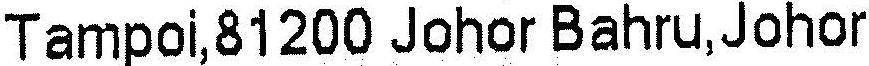
TAMPOI,81200 JOHOR BAHRU,JOHOR